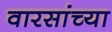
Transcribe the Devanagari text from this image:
वारसांच्या